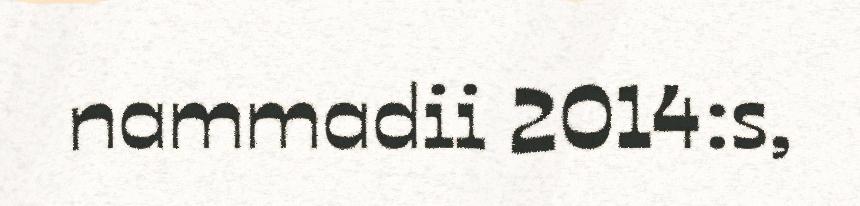
nammadii 2014:s,